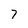
Character: 7